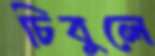
চিবুলে